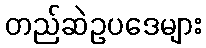
တည်ဆဲဥပဒေများ